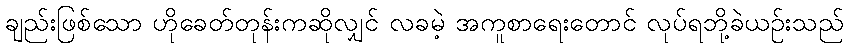
ချည်းဖြစ်သော ဟိုခေတ်တုန်းကဆိုလျှင် လခမဲ့ အကူစာရေးတောင် လုပ်ရဘို့ခဲယဉ်းသည်